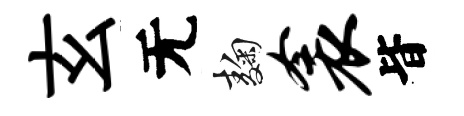
玄无麹衾𣅜